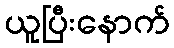
ယူပြီးနောက်